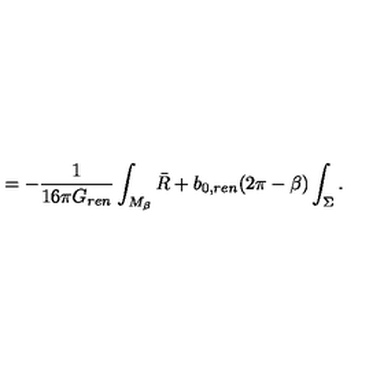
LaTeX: = - { \frac { 1 } { 1 6 \pi G _ { r e n } } } \int _ { M _ { \beta } } \bar { R } + b _ { 0 , r e n } ( 2 \pi - \beta ) \int _ { \Sigma } .